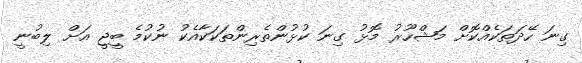
ގިނަ ހޭދަތަކެއްކޮށް މަޝްހޫރު މޮޅު ގިނަ ކުޅުންތެރިންތަކަކާއެކު ނުކުމެ ބީޖީ އަށް ލިބުނީ